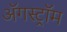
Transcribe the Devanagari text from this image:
ॲगस्ट्रॉम